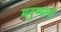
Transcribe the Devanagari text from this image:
मनुष्यानी